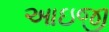
આઇજી